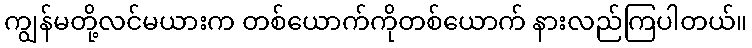
ကျွန်မတို့လင်မယားက တစ်ယောက်ကိုတစ်ယောက် နားလည်ကြပါတယ်။